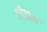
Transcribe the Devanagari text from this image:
त्रीआस